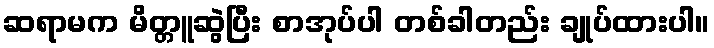
ဆရာမက မိတ္တူဆွဲပြီး စာအုပ်ပါ တစ်ခါတည်း ချုပ်ထားပါ။